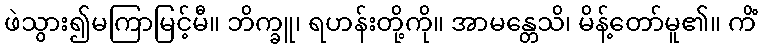
ဖဲသွား၍မကြာမြင့်မီ။ ဘိက္ခူ၊ ရဟန်းတို့ကို။ အာမန္တေသိ၊ မိန့်တော်မူ၏။ ကိံ